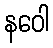
နဝေါ